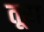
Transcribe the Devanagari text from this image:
तूरा